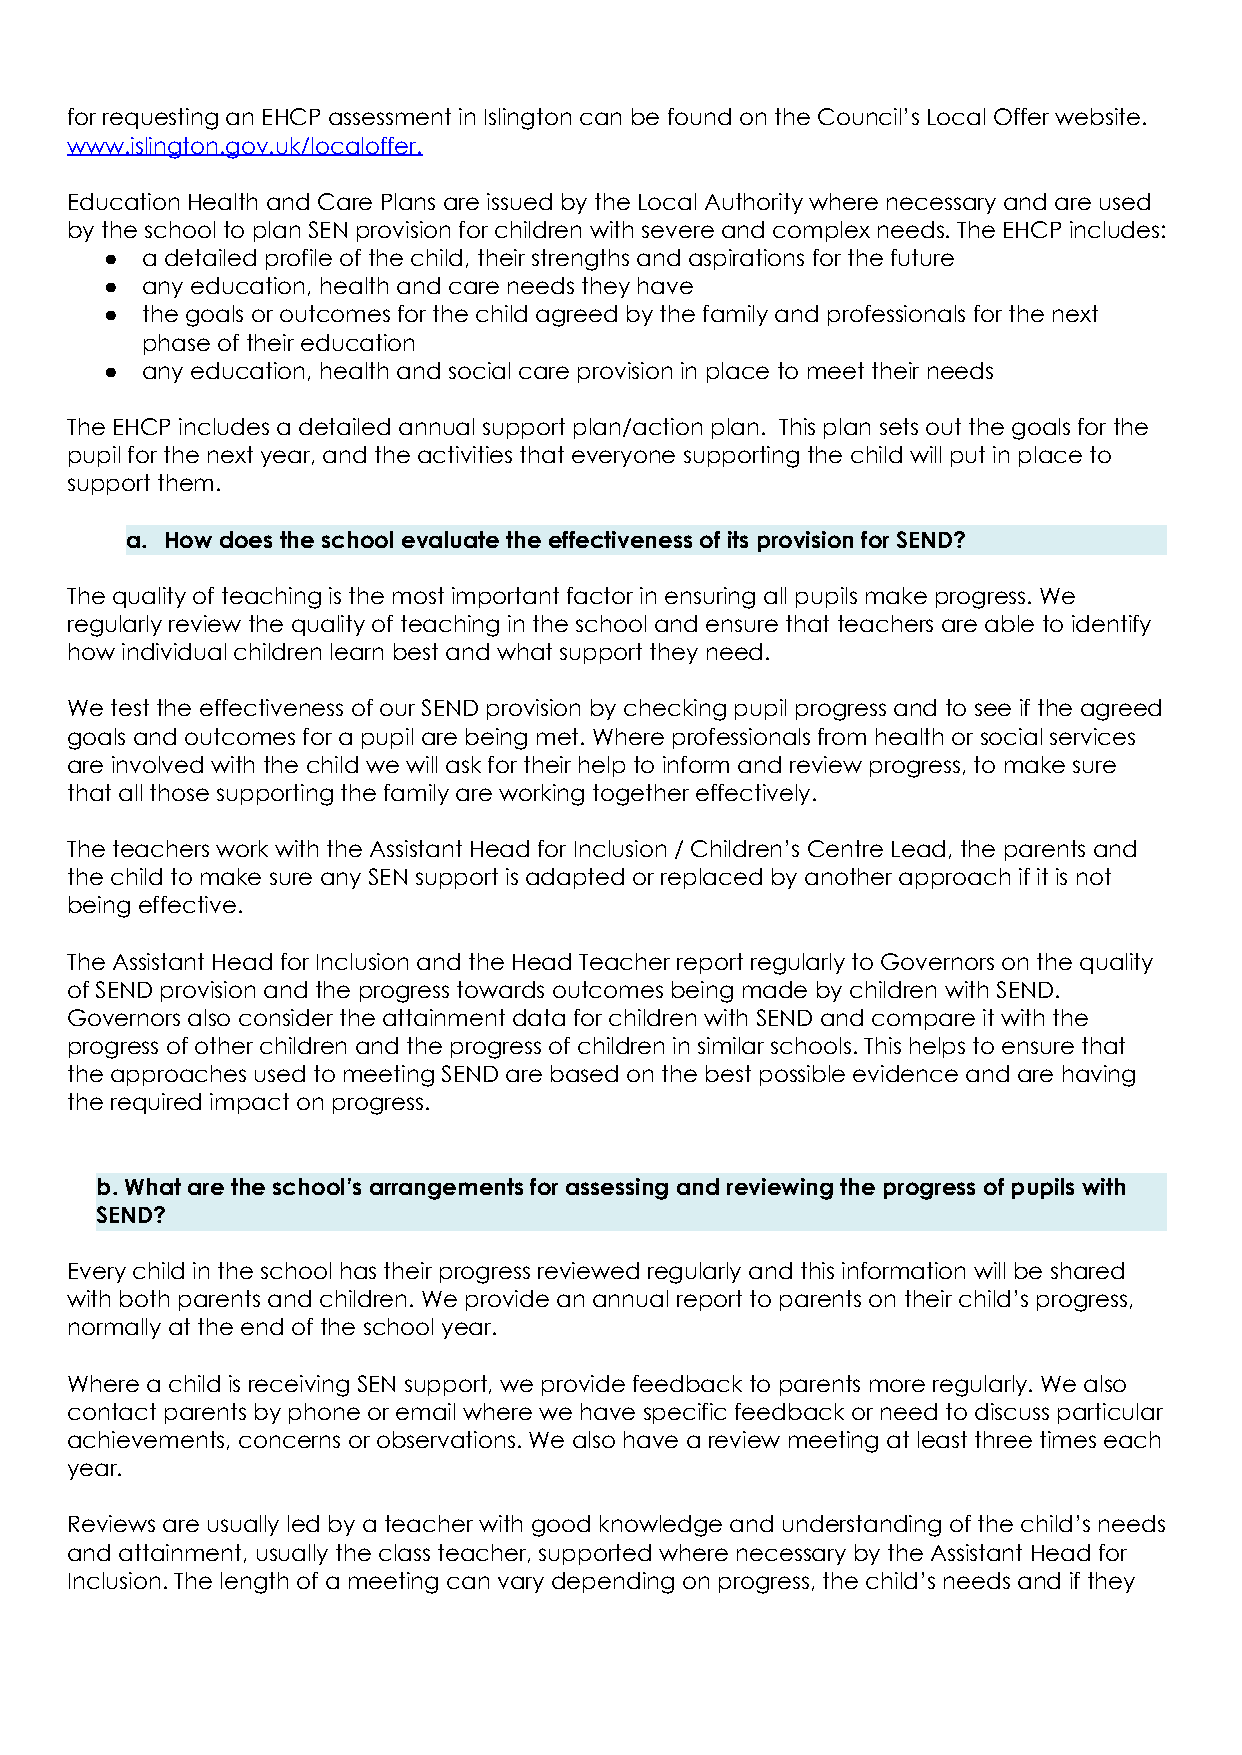
for requesting an EHCP assessment in Islington can be found on the Council’s Local Offer website.
 www.islington.gov.uk/localoffer.
 Education Health and Care Plans are issued by the Local Authority where necessary and are used
 by the school to plan SEN provision for children with severe and complex needs. The EHCP includes:
 ● a detailed profile of the child, their strengths and aspirations for the future
 ● any education, health and care needs they have
 ● the goals or outcomes for the child agreed by the family and professionals for the next
 phase of their education
 ● any education, health and social care provision in place to meet their needs
 The EHCP includes a detailed annual support plan/action plan. This plan sets out the goals for the
 pupil for the next year, and the activities that everyone supporting the child will put in place to
 support them.
 a. How does the school evaluate the effectiveness of its provision for SEND?
 The quality of teaching is the most important factor in ensuring all pupils make progress. We
 regularly review the quality of teaching in the school and ensure that teachers are able to identify
 how individual children learn best and what support they need.
 We test the effectiveness of our SEND provision by checking pupil progress and to see if the agreed
 goals and outcomes for a pupil are being met. Where professionals from health or social services
 are involved with the child we will ask for their help to inform and review progress, to make sure
 that all those supporting the family are working together effectively.
 The teachers work with the Assistant Head for Inclusion / Children’s Centre Lead, the parents and
 the child to make sure any SEN support is adapted or replaced by another approach if it is not
 being effective.
 The Assistant Head for Inclusion and the Head Teacher report regularly to Governors on the quality
 of SEND provision and the progress towards outcomes being made by children with SEND.
 Governors also consider the attainment data for children with SEND and compare it with the
 progress of other children and the progress of children in similar schools. This helps to ensure that
 the approaches used to meeting SEND are based on the best possible evidence and are having
 the required impact on progress.
 b. What are the school’s arrangements for assessing and reviewing the progress of pupils with
 SEND?
 Every child in the school has their progress reviewed regularly and this information will be shared
 with both parents and children. We provide an annual report to parents on their child’s progress,
 normally at the end of the school year.
 Where a child is receiving SEN support, we provide feedback to parents more regularly. We also
 contact parents by phone or email where we have specific feedback or need to discuss particular
 achievements, concerns or observations. We also have a review meeting at least three times each
 year.
 Reviews are usually led by a teacher with good knowledge and understanding of the child’s needs
 and attainment, usually the class teacher, supported where necessary by the Assistant Head for
 Inclusion. The length of a meeting can vary depending on progress, the child’s needs and if they